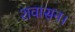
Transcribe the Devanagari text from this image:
शवासन।